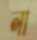
লা